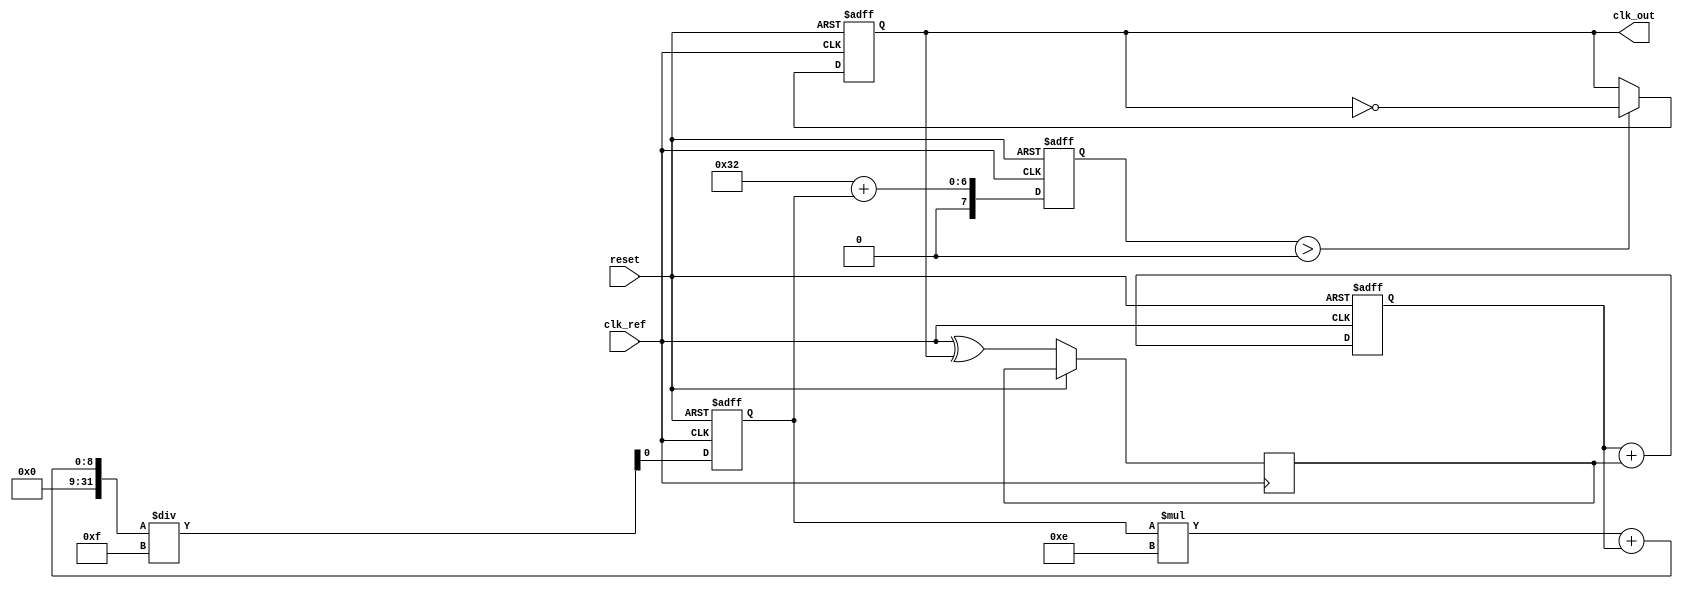
module memory_blocks_pll (
    input wire clk_ref,       // Reference clock input
    input wire reset,         // Asynchronous reset
    output wire clk_out       // PLL output clock
);

    // Parameters for the LPF and VCO
    parameter integer LPF_ALPHA = 8'h0F; // Low-pass filter parameter (example value)
    parameter integer VCO_FREQUENCY_BASE = 50; // Base frequency for VCO (example value)

    // Phase Detector outputs
    wire pd_output;            // Output from the Phase Detector
    reg [7:0] phase_error;     // Phase error accumulation
    
    // Low-Pass Filter output
    reg control_voltage;        // Control voltage for VCO

    // Voltage-Controlled Oscillator output
    reg clk_vco;               // Output of the VCO
    reg [7:0] vco_freq;        // VCO frequency parameter

    // Memory Block (Shift Register) for phase information
    reg [7:0] phase_memory [0:15]; // Simple RAM block with 16 entries
    integer mem_index = 0; // Memory index for storing phase information

    // Phase Detector Logic
    always @(posedge clk_ref or posedge reset) begin
        if (reset) begin
            phase_error <= 8'd0;
            mem_index <= 0;
        end else begin
            // Example phase detection logic (simplified)
            // Assume we get `pd_output` directly for simulation purposes
            pd_output <= clk_ref ^ clk_vco; // XOR for phase comparison
            phase_error <= phase_error + {7'd0, pd_output}; // Store phase error
            
            // Store phase data in memory block
            phase_memory[mem_index] <= phase_error;
            mem_index <= (mem_index + 1) % 16; // Wrap around the index
        end
    end

    // Low-Pass Filter Logic
    always @(posedge clk_ref or posedge reset) begin
        if (reset) begin
            control_voltage <= 1'b0;
        end else begin
            // Simple LPF implementation
            control_voltage <= (control_voltage * (LPF_ALPHA - 1) + phase_error) / LPF_ALPHA;
        end
    end

    // Voltage-Controlled Oscillator Logic
    always @(posedge clk_ref or posedge reset) begin
        if (reset) begin
            vco_freq <= VCO_FREQUENCY_BASE;
            clk_vco <= 1'b0;
        end else begin
            // VCO frequency is adapted based on control voltage (simplified)
            vco_freq <= VCO_FREQUENCY_BASE + control_voltage; // Control VCO frequency
            
            // Generate VCO clock (simple toggle-based frequency generation)
            if (vco_freq > 0) 
                clk_vco <= ~clk_vco; // Toggle for frequency generation
        end
    end

    // Output Assignment
    assign clk_out = clk_vco;

endmodule